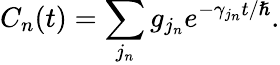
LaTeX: C_{n}(t)=\sum_{j_{n}}g_{j_{n}}e^{-\gamma_{j_{n}}t/\hslash}.